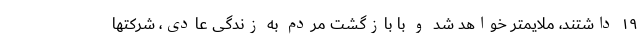
۱۹ داشتند، ملایمتر خواهد شد و با بازگشت مردم به زندگی عادی، شرکتها